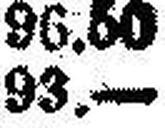
93.—